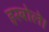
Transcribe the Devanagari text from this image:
हरबोले।